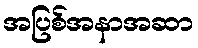
အပြစ်အနာအဆာ